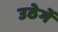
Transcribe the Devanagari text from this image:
उठेगें